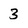
Character: 3